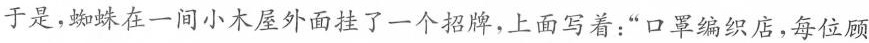
于是，蜘蛛在一间小木屋外面挂了一个招牌，上面写着：“口罩编织店，每位顾